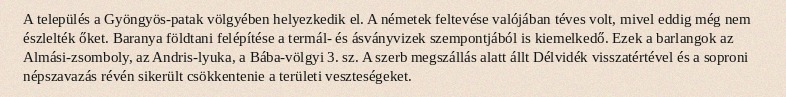
A település a Gyöngyös-patak völgyében helyezkedik el. A németek feltevése valójában téves volt, mivel eddig még nem észlelték őket. Baranya földtani felépítése a termál- és ásványvizek szempontjából is kiemelkedő. Ezek a barlangok az Almási-zsomboly, az Andris-lyuka, a Bába-völgyi 3. sz. A szerb megszállás alatt állt Délvidék visszatértével és a soproni népszavazás révén sikerült csökkentenie a területi veszteségeket.